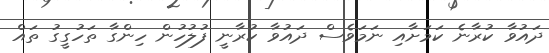
ދައުވާ ކުރާނެ ކަމަށާއި ނަމަވެސް ދައުވާ ކުރާނީ ފުލުހުން ހިންގާ ތަހުގީގު ތައް